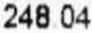
248.04